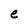
Character: e